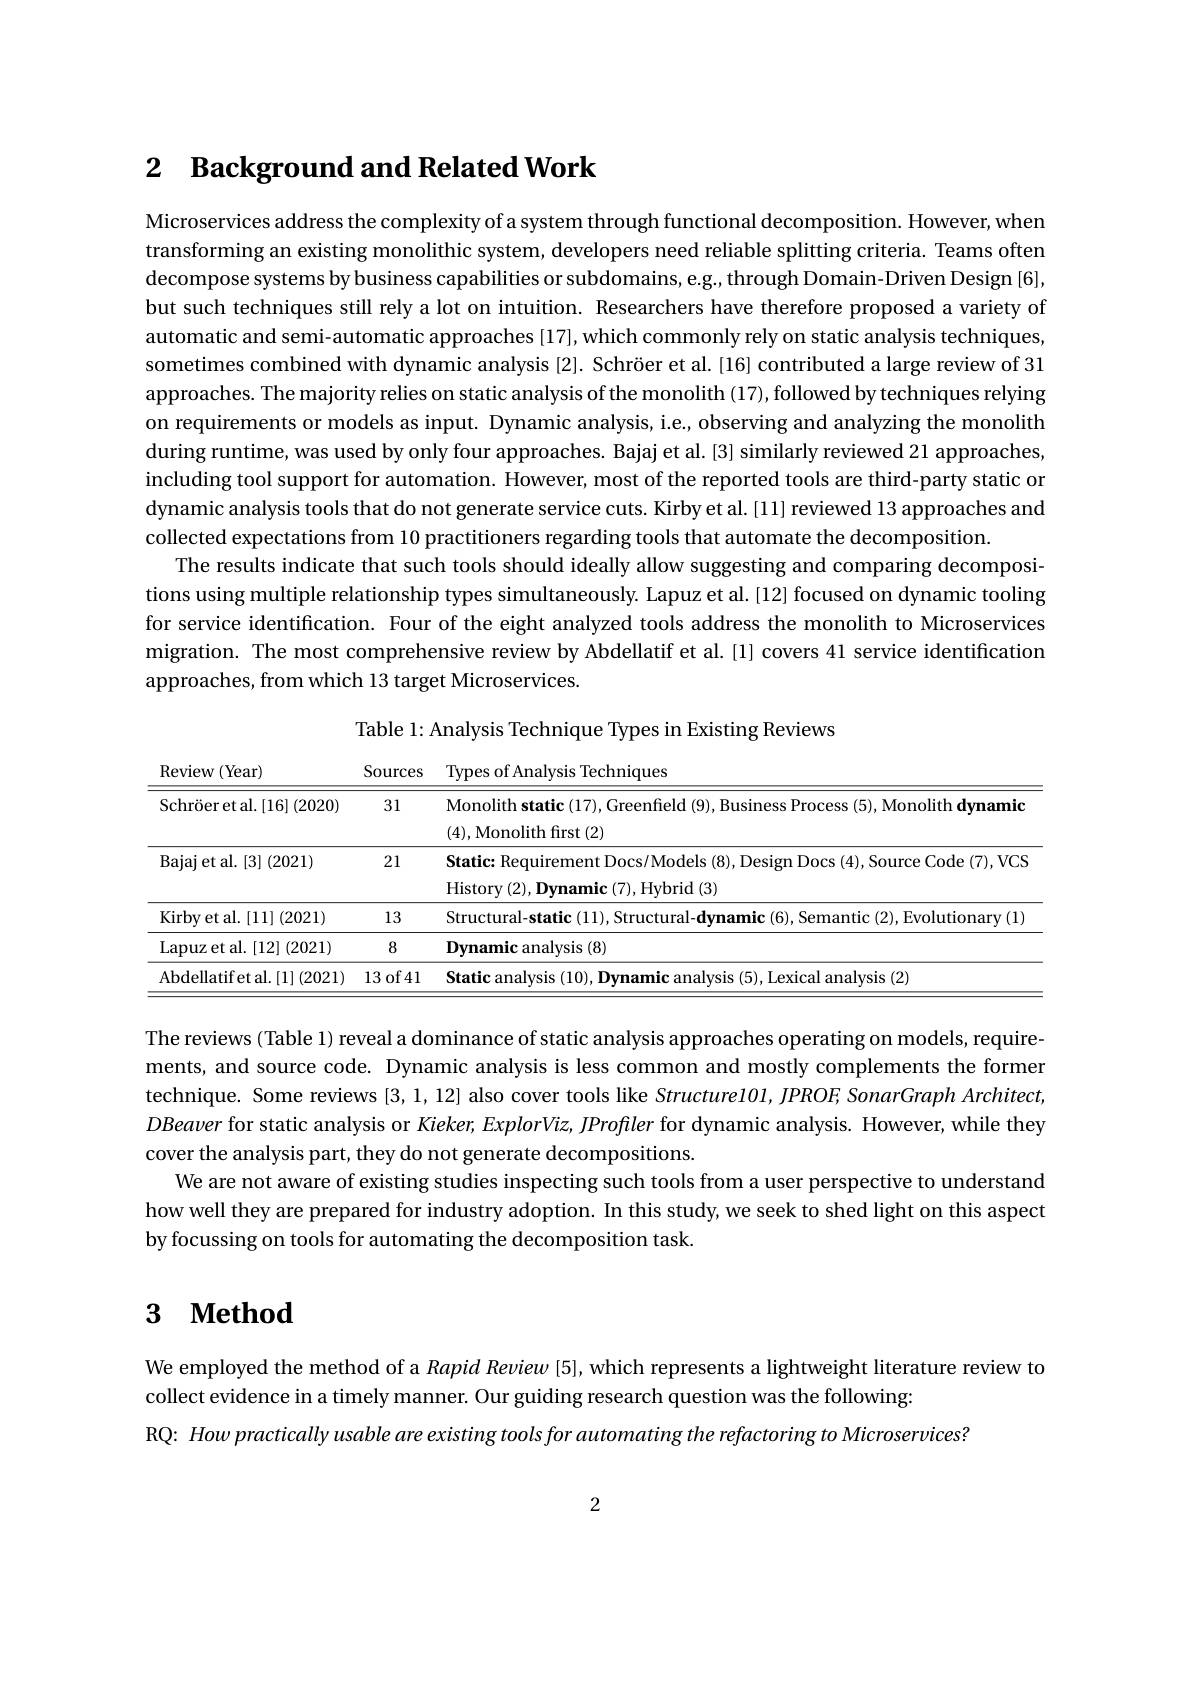
## 2 $\textbf{Background and Related Work}$

Microservices address the complexity of a system through functional decomposition. However, whem transforming an existing monolithic system, developers need reliable splitting criteria. Teams often decompose systems by business capabilities or subdomains, e. g. , through Domain- Driven Design [ 6] , but such techniques still rely a lot on intuition. Researchers have therefore proposed a variety oft such techniques still rely a lot on intuition. Researchers have therefore proposed a variety $o$f automatic and semi-automatic approaches [17], which commonly rely on static analysis techniques, sometimes combined with dynamic analysis [2]. Schröer et al. [16] contributed a large review of 31 approaches. The majority relies on static analysis of the monolith (17), followed by techniques relying on requirements or models as input. Dynamic analysis, i.e., observing and analyzing the monolith during runtime, was used by only four approaches. Bajaj et al. [ 3] similarly reviewed 21 approaches, including tool support for automation. However, most of the reported tools are third-party static or dynamic analysis tools that do not generate service cuts. Kirby et al. [11] reviewed 13 approaches and collected expectations from 10 practitioners regarding tools that automate the decomposition
The results indicate that such tools should ideally allow suggesting and comparing decompositions using multiple relationship types simultaneously. Lapuz et al. [12] focused on dynamic tooling for service identification. Four of the eight analyzed tools address the monolith to Microservices migration. The most comprehensive review by Abdellatif et al.[l] covers 41 service identification approaches, from which 13 target Microservices.

Table l: Analysis Technique Types in Existing Reviews
<table>
	<tbody>
		<tr>
			<th>$\operatorname{Review}\left(\operatorname{Year}\right)$</th>
			<th>Sources</th>
			<th>Types of Analysis Techniques</th>
		</tr>
		<tr>
			<td>Schr$\" {o}$eretal. [ 16] ( 2020) </td>
			<td>31</td>
			<td>Monolith static (17), Greenfield (9), Business Process (5), Monolith dynamic (4), Monolith first (2)</td>
		</tr>
		<tr>
			<td>${\mathrm{Bajaj~et~al.~[3]~(2021)}}$</td>
			<td>21</td>
			<td>Static: Requirement Docs/Models (8), Design Docs (4), Source Code (7), VCS History ( 2) , Dynamic ( 7) , Hybrid ( 3) </td>
		</tr>
		<tr>
			<td>Kirby et al. [ 11] ( 2021) </td>
			<td>13</td>
			<td>Structural-s tionarv(1)</td>
		</tr>
		<tr>
			<td>Lapuz et al. [ 12] ( 2021) </td>
			<td>8</td>
			<td>Dynamic analysis (8)</td>
		</tr>
		<tr>
			<td>${\mathrm{Abdellatifet~al.~[1]~(2021)}}$</td>
			<td>13 of 41</td>
			<td>Staticanalvsi cal analvsis (2)</td>
		</tr>
	</tbody>
</table>

The reviews (Table l) reveal a dominance of static analysis approaches operating on models, requirements, and source code. Dynamic analysis is less common and mostly complements the former technique. Some reviews [3,1,12] also cover tools like Structure101, JPROF, SonarGraph Architect, DBeaver for static analysis or Kieker, ExplorViz, JProfiler for dynamic analysis. However, while they cover the analysis part, they do not generate decompositions
We are not aware of existing studies inspecting such tools from a user perspective to understand how well they are prepared for industry adoption. In this study, we seek to shed light on this aspect by focussing on tools for automating the decomposition task

# $\textbf{3}$ $\textbf{Method}$

We employed the method of a Rapid Review [5], which represents a lightweight literature review to
collect evidence in a timely manner. Our guiding research question was the following:
RQ: How practically usable are existing tools for automating the refactoring to Microservices?

2